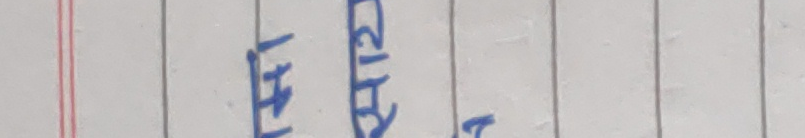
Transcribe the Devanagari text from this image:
१५ दिन २